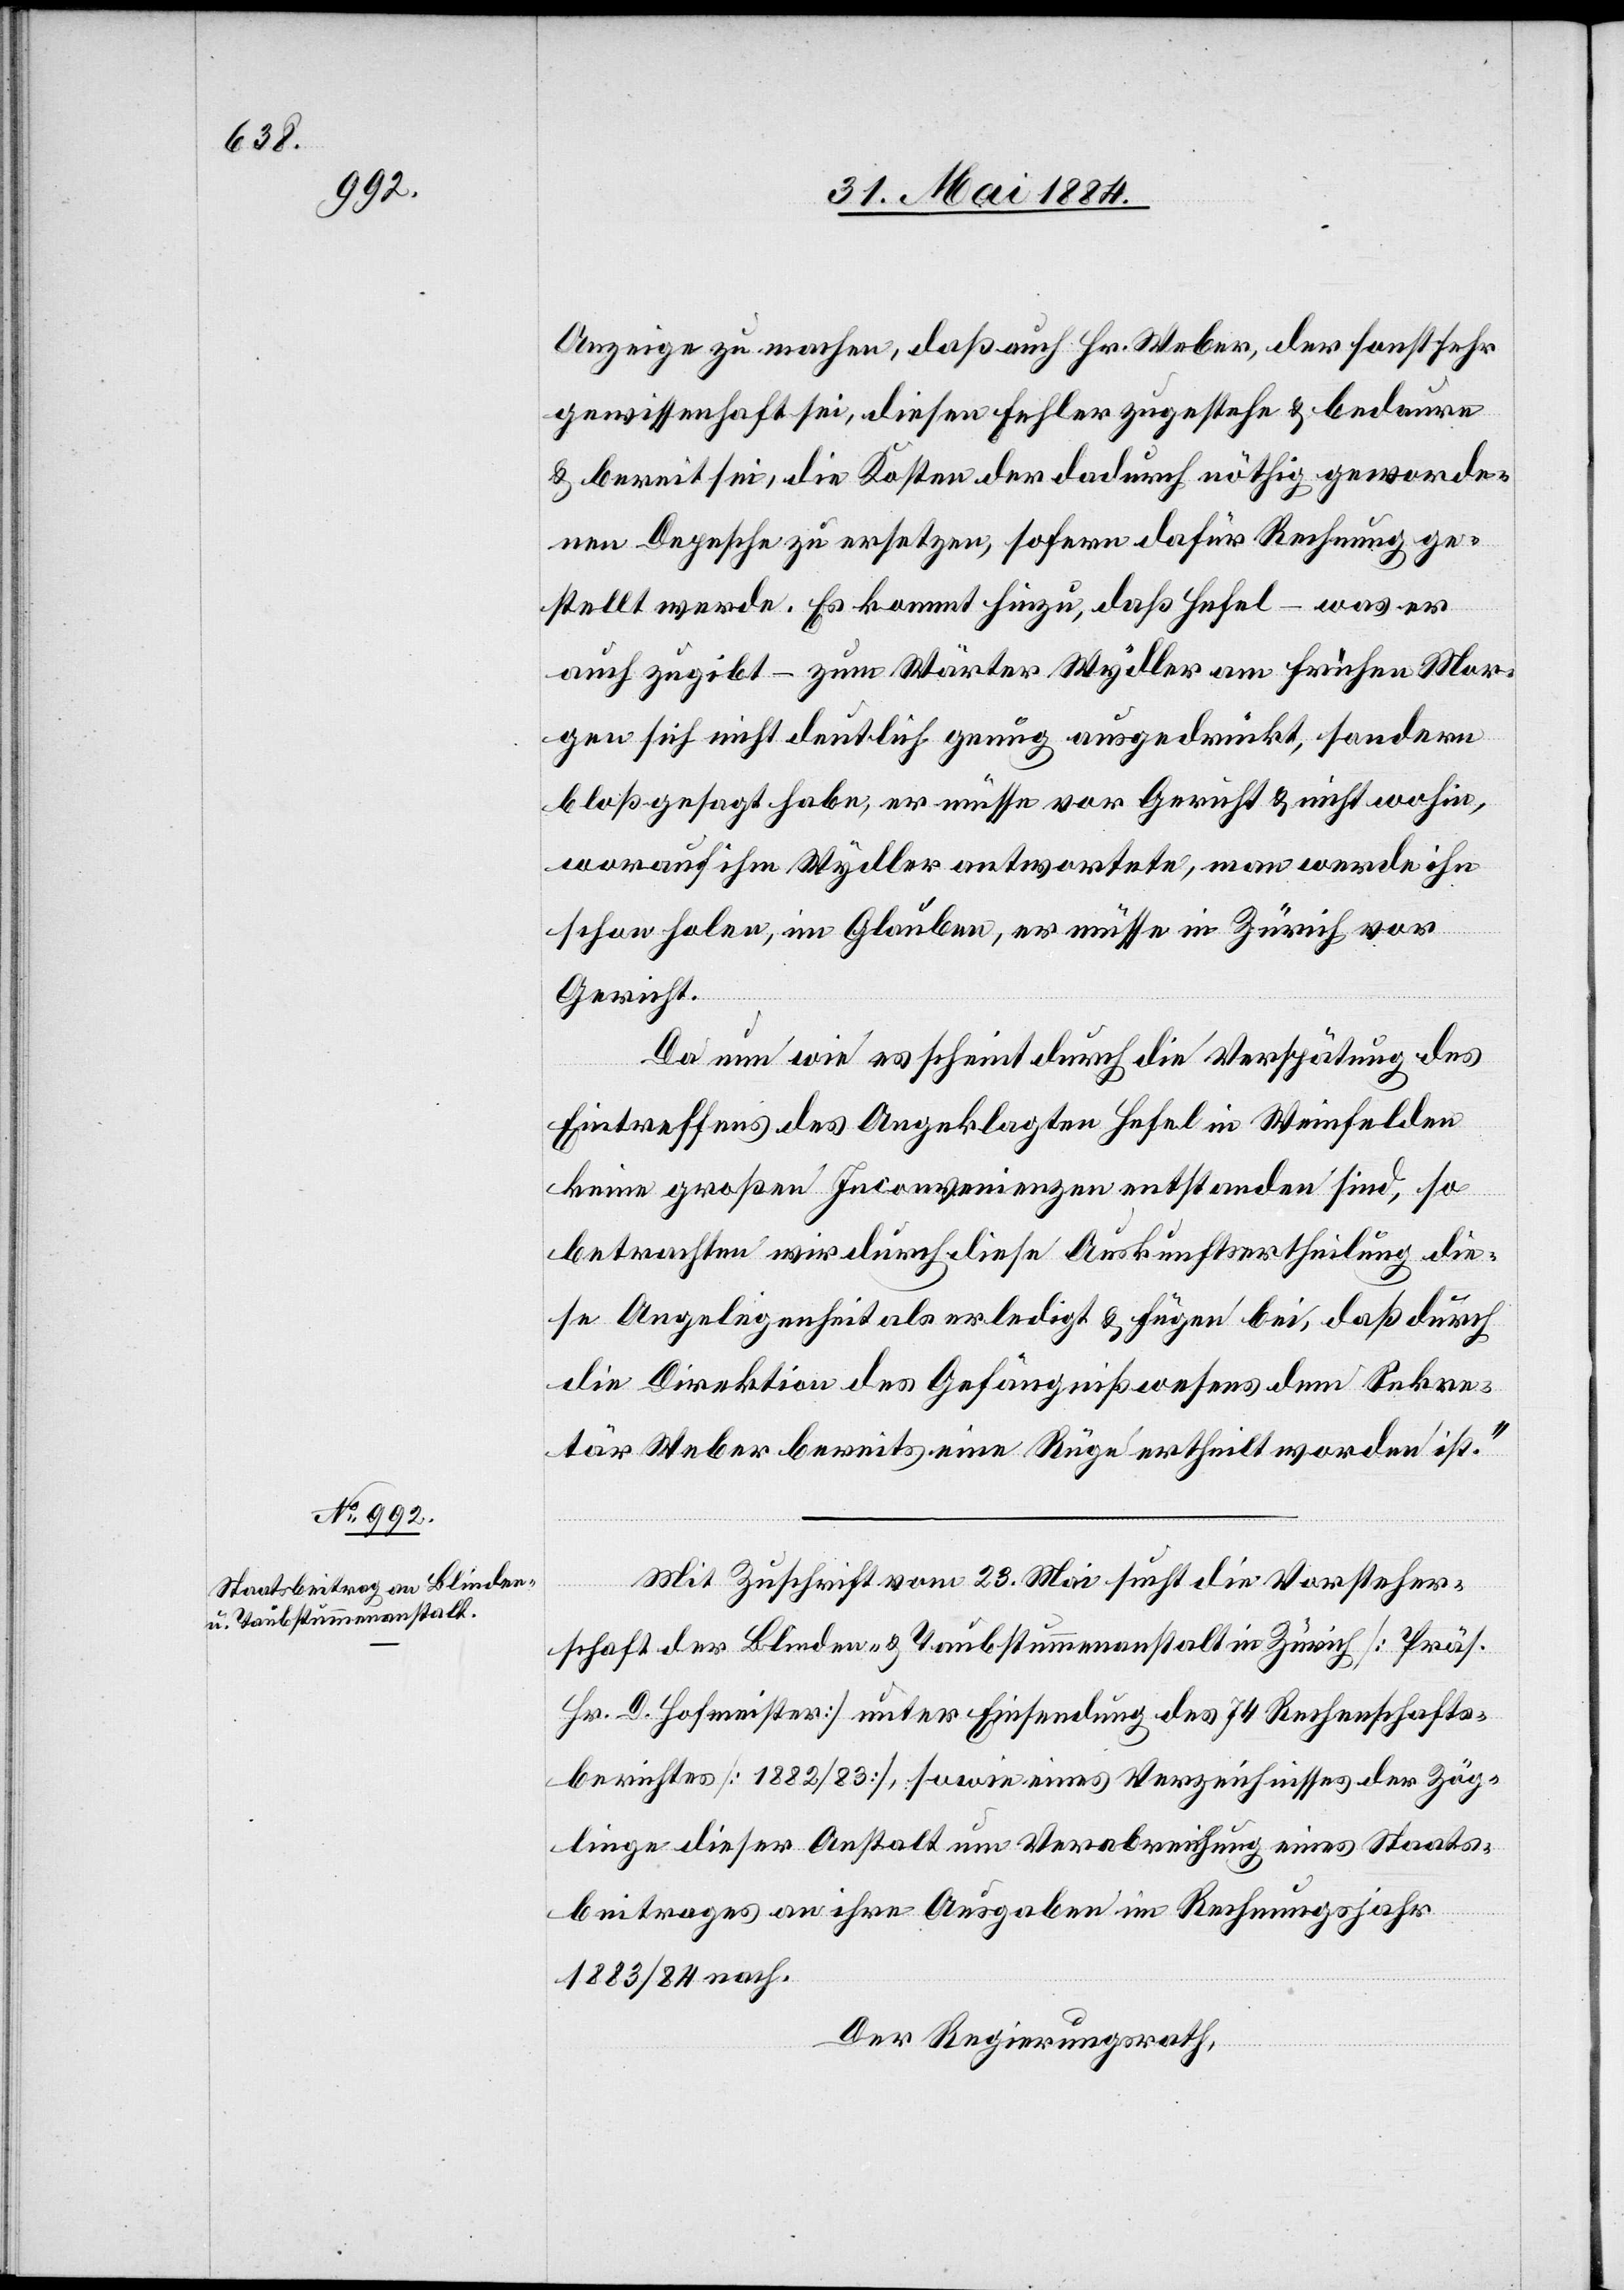
Anzeige zu machen, daß auch Hr. Weber, der sonst sehr
gewissenhaft sei, diesen Fehler zugestehe & bedaure
& bereit sei, die Kosten der dadurch nöthig geworde¬
nen Depesche zu ersetzen, sofern dafür Rechnung ge¬
stellt werde. Es kommt hinzu, daß Hefel – was er
auch zugibt – zum Wärter Wydler am frühen Mor¬
gen sich nicht deutlich genug ausgedrückt, sondern
bloß gesagt habe, er müsse vor Gericht & nicht wohin,
worauf im Wydler antwortete, man werde ihn
schon holen, im Glauben, er müsse in Zürich vor
Gericht.
Da nun wie es scheint durch die Verspätung des
Eintreffens des Angeklagten Hefel in Weinfelden
keine großen Inconvenienzen entstanden sind, so
betrachten wir durch diese Auskunftsertheilung die¬
se Angelegenheit als erledigt & fügen bei, daß durch
die Direktion des Gefängnißwesens dem Sekre¬
tär Weber bereits eine Rüge ertheilt worden ist.“
Mit Zuschrift vom 23. Mai sucht die Vorsteher¬
schaft der Blinden- & Taubstummenanstalt in Zürich [Präs.
Hr. D. Hofmeister] unter Einsendung des 74 Rechenschafts¬
berichtes [1882/83], sowie eines Verzeichnisses der Zög¬
linge dieser Anstalt um Verabreichung eines Staats¬
beitrages an ihre Ausgaben im Rechnungsjahr
1883/84 nach.
Der Regierungsrath,